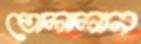
তোলালান